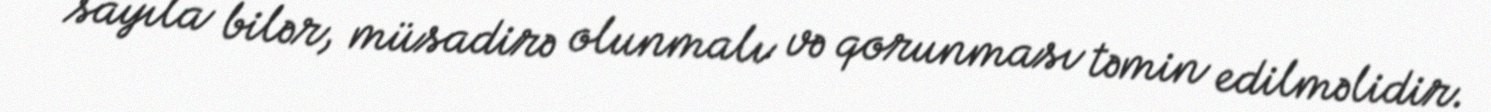
sayıla bilər, müsadirə olunmalı və qorunması təmin edilməlidir.